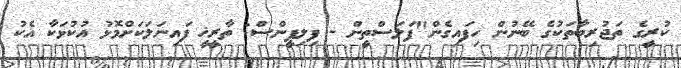
ކުރީގެ ތަޖުރިބާތަކުގެ ބޭނުން ހިފައިގެން"ފަލަސްތީން - ފިލިޕީންސް: ތާރީޚީ ފައިނަލަކަށްމޮޅު އުކުޅަކާ އެކު